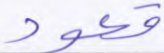
قعود